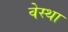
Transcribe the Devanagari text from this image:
वेस्था